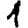
Digit: 1